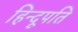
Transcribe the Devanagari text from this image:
हिन्दूपति